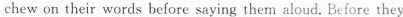
chew on their words before saying them aloud. Before they